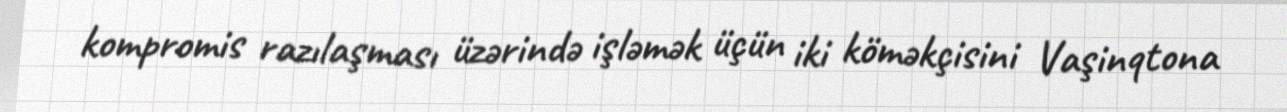
kompromis razılaşması üzərində işləmək üçün iki köməkçisini Vaşinqtona